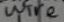
Text: Wire